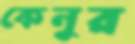
কেনুর